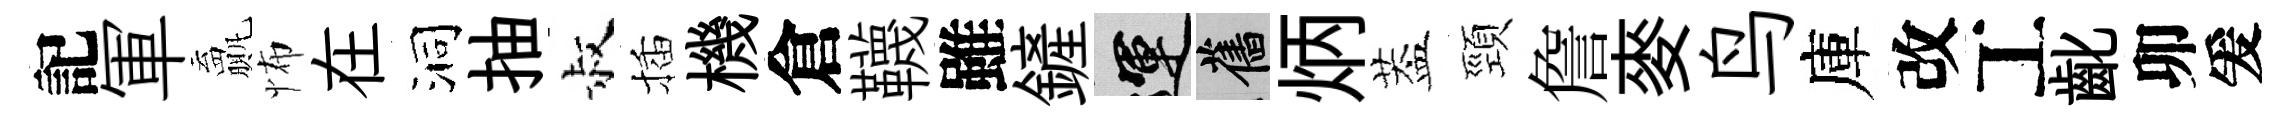
記軍贏怖在洞抽叔插機倉韈雖鏟運舊炳葢頸詹麥鸟庫改工齔卯爰